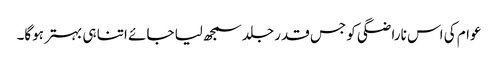
عوام کی اس ناراضگی کو جس قدر جلد سمجھ لیا جائے اتنا ہی بہتر ہوگا۔